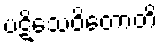
ပဋိသေဝိတောတိ